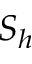
S _ { h }